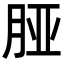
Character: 𬁺